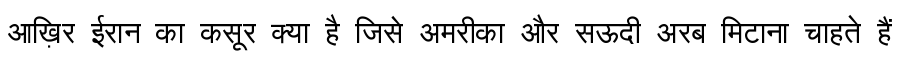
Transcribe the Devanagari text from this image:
आख़िर ईरान का कसूर क्या है जिसे अमरीका और सऊदी अरब मिटाना चाहते हैं